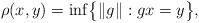
\begin{gather*} \rho(x,y) = \inf \bigl\{ \|g\| : gx = y \bigr\}, \end{gather*}